Report of the Indian Hemp Drugs Commission, 1894-1895 - Volume V
Year: 1894
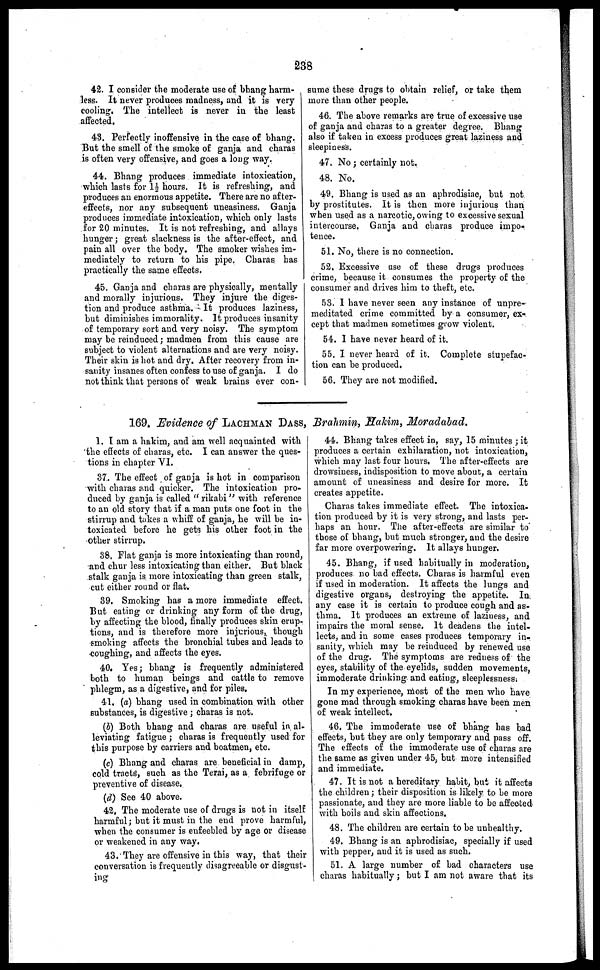
238
42. I consider the moderate use of bhang harm-
less. It never produces madness, and it is very
cooling. The intellect is never in the least
affected.
43. Perfectly inoffensive in the case of bhang.
But the smell of the smoke of ganja and charas
is often very offensive, and goes a long way.
44. Bhang produces immediate intoxication,
which lasts for 1½ hours. It is refreshing, and
produces an enormous appetite. There are no after-
effects, nor any subsequent uneasiness. Ganja
produces immediate intoxication, which only lasts
for 20 minutes. It is not refreshing, and allays
hunger ; great slackness is the after-effect, and
pain all over the body. The smoker wishes im-
mediately to return to his pipe. Charas has
practically the same effects.
45. Ganja and charas are physically, mentally
and morally injurious. They injure the diges-
tion and produce asthma. It produces laziness,
but diminishes immorality. It produces insanity
of temporary sort and. very noisy. The symptom
may be reinduced ; madmen from this cause are
subject to violent alternations and are very noisy.
Their skin is hot and dry. After recovery from in-
sanity insanes often confess to use of ganja. I do
not think that persons of weak brains ever con-
sume these drugs to obtain relief, or take them
more than other people.
46. The above remarks are true of excessive use
of ganja and charas to a greater degree. Bhang
also if taken in excess produces great laziness and
sleepiness.
47. No ; certainly not.
48. No.
49. Bhang is used as an aphrodisiac, but not
by prostitutes. It is then more injurious than
when used as a narcotic, owing to excessive sexual
intercourse. Ganja and charas produce impo-
tence.
51. No, there is no connection.
52. Excessive use of these drugs produces
crime, because it consumes the property of the
consumer and drives him to theft, etc.
53. I have never seen any instance of unpre-
meditated crime committed by a consumer, ex-
cept that madmen sometimes grow violent.
54. I have never heard of it.
55. I never heard of it. Complete stupefac-
tion can be produced.
56. They are not modified.
169. Evidence of LACHMAN DASS, Brahmin, Hakim, Moradabad.
1. I am a hakim, and am well acquainted with
the effects of charas, etc. I can answer the ques-
tions in chapter VI.
37. The effect of ganja is hot in comparison
with charas and quicker. The intoxication pro-
duced by ganja is called "rikabi" with reference
to an old story that if a man puts one foot in the
stirrup and takes a whiff of ganja, he will be in-
toxicated before he gets his other foot in the
other stirrup.
38. Flat ganja is more intoxicating than round,
and chur less intoxicating than either. But black
stalk ganja is more intoxicating than green stalk,
cut either round or fiat.
39. Smoking has a more immediate effect.
But eating or drinking any form of the drug,
by affecting the blood, finally produces skin erup-
tions, and is therefore more injurious, though
smoking affects the bronchial tubes and leads to
coughing, and affects the eyes.
40. Yes; bhang is frequently administered
both to human beings and cattle to remove
phlegm, as a digestive, and for piles.
41. (a) bhang used in combination with other
substances, is digestive ; charas is not.
(b) Both bhang and charas are useful in al-
leviating fatigue ; charas is frequently used for
this purpose by carriers and boatmen, etc.
(c) Bhang and charas are beneficial in damp,
cold tracts, such as the Terai, as a febrifuge or
preventive of disease.
(d) See 40 above.
42. The moderate use of drugs is not in itself
harmful ; but it must in the end prove harmful,
when the consumer is enfeebled by age or disease
or weakened in any way,
43. They are offensive in this way, that their
conversation is frequently disagreeable or disgust-
ing
44. Bhang takes effect in, say, 15 minutes ; it
produces a certain exhilaration, not intoxication,
which may last four hours. The after-effects are
drowsiness, indisposition to move about, a certain
amount of uneasiness and desire for more. It
creates appetite.
Charas takes immediate effect. The intoxica-
tion produced by it is very strong, and lasts per-
haps an hour. The after-effects are similar to
those of bhang, but much stronger, and the desire
far more overpowering. It allays hunger.
45. Bhang, if used habitually in moderation,
produces no bad effects. Charas is harmful even
if used in moderation. It affects the lungs and
digestive organs, destroying the appetite. In
any case it is certain to produce cough and as-
thma. It produces an extreme of laziness, and
impairs the moral sense. It deadens the intel-
lects, and in some cases produces temporary in-
sanity, which may be reinduced by renewed use
of the drug. The symptoms are redness of the
eyes, stability of the eyelids, sudden movements,
immoderate drinking and eating, sleeplessness;
In my experience, most of the men who have
gone mad through smoking charas have been men
of weak intellect.
46. The immoderate use of bhang has bad
effects, but they are only temporary and pass off.
The effects of the immoderate use of charas are
the same as given under 45, but more intensified
and immediate.
47. It is not a hereditary habit, but it affects
the children ; their disposition is likely to be more
passionate, and they are more liable to be affected
with boils and skin affections.
48. The children are certain to be unhealthy.
49. Bhang is an aphrodisiac, specially if used
with pepper, and it is used as such.
51. A large number of bad characters use
charas habitually ; but I am not aware that its